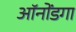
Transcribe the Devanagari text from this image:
ऑनोंडगा